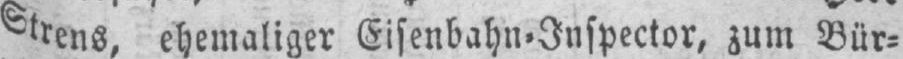
Strens, ehemaliger Eisenbahn⸗Inspector, zum Bür⸗